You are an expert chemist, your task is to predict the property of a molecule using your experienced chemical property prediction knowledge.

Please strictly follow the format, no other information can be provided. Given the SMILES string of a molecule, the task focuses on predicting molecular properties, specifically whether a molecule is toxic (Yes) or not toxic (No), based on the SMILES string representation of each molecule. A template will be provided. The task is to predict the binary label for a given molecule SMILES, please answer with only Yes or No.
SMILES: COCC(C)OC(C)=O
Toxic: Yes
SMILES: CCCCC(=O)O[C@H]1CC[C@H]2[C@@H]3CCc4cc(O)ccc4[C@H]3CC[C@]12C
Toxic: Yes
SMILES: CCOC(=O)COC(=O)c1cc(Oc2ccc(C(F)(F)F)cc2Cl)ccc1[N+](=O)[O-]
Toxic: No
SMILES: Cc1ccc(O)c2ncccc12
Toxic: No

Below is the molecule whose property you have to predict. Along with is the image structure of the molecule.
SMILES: O=C1c2ccccc2C(=O)N1SC(Cl)(Cl)Cl
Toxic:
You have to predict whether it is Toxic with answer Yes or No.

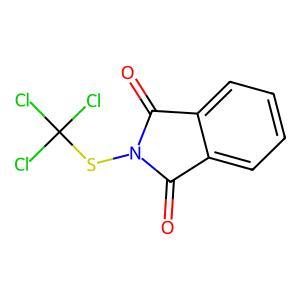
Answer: No